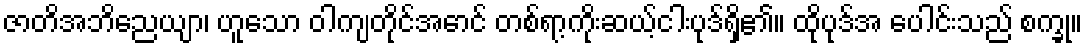
ဇာတိအဘိညေယျာ၊ ဟူသော ဝါကျတိုင်အောင် တစ်ရာ့ကိုးဆယ့်ငါးပုဒ်ရှိ၏။ ထိုပုဒ်အ ပေါင်းသည် စက္ခု။